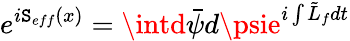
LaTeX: e^{i\mathtt{S}_{eff}(x)}=\intd\bar{{\psi}}d\psie^{i\int\tilde{{L}}_{f}dt}